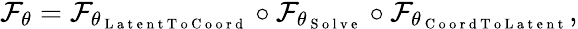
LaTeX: \begin{array}{r}{\mathcal{F}_{\theta}=\mathcal{F}_{\theta_{\mathrm{~L~a~t~e~n~t~T~o~C~o~o~r~d~}}}\circ\mathcal{F}_{\theta_{\mathrm{~S~o~l~v~e~}}}\circ\mathcal{F}_{\theta_{\mathrm{~C~o~o~r~d~T~o~L~a~t~e~n~t~}}},}\end{array}